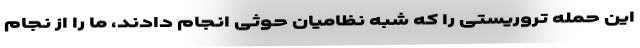
این حمله تروریستی را که شبه نظامیان حوثی انجام دادند، ما را از نجام